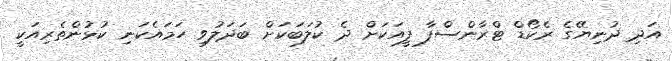
އަދި ދުނިޔޭގެ ރެކޯޑް ޓްރާންސްފާ ފީއަކަށް ދެ ކުލަބަކަށް ބަދަލުވި ހަމައެކަނި ކުޅުންތެރިއަކީ